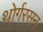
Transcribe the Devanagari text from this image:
थोर्गरसन